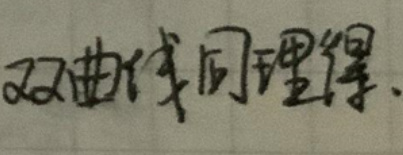
双曲线同理得。